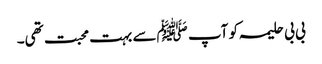
بی بی حلیمہ کو آپ ﷺسے بہت محبت تھی۔